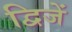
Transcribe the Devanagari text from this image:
द्विजें